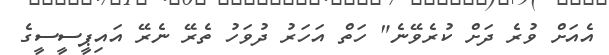
އެއަށް ވުރެ ދަށް ކުރެވޭނެ" ހަތް އަހަރު ދުވަހު ތެރޭ ނެރޭ އައިޕީސީސީގެ